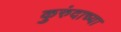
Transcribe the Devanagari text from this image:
कुरुंदाच्या